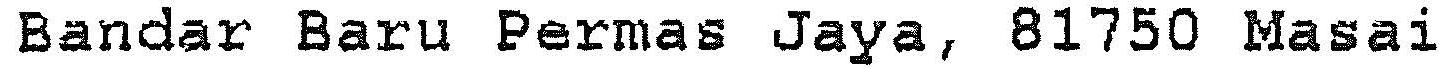
BANDAR BARU PERMAS JAYA, 81750 MASAI